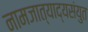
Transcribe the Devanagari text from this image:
नामजात्याद्यसंयुत